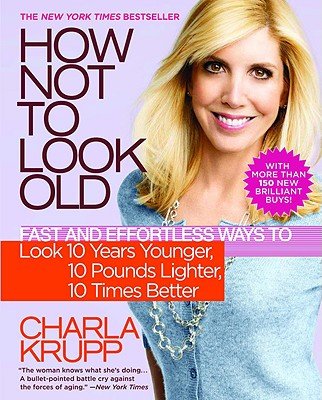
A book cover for How Not to Look Old: Fast and Effortless Ways to Look 10 Years Younger, 10 Pounds Lighter, 10 Times Better 1st (first) Edition by Krupp, Charla [2009]; Charla-(Author) Krupp; Health, Fitness & Dieting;